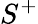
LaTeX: S^{+}